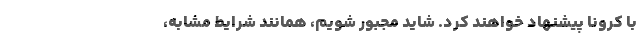
با کرونا پیشنهاد خواهند کرد. شاید مجبور شویم، همانند شرایط مشابه،